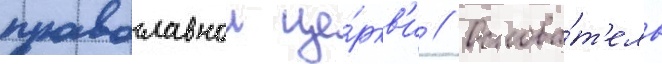
православнои це́ркв'и // Основа́т'ель